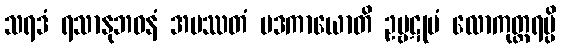
သရဒံ ရသာနုဘဝနံ အပဿတံ ပဒကာယောတိ ဥဗ္ဗဋုမံ လောကုတ္တရမ္ပိ